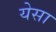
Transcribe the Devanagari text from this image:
येसा